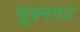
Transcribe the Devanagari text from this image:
सूक्ष्मपट